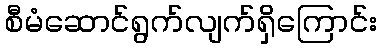
စီမံဆောင်ရွက်လျက်ရှိကြောင်း